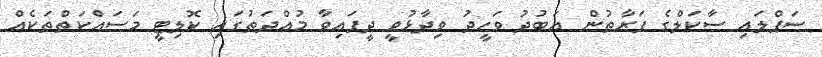
ސަޕްލައި ސާކަލްގެ ފަރާތުން އަބުދު ވަހީދު ވިދާޅުވީ ދީފައިވާ މުއްދަތުގައި ކޮލިޓީ މަސައްކަތްތަކެއް